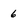
Character: 6